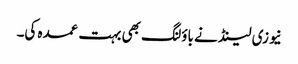
نیوزی لینڈ نے باؤلنگ بھی بہت عمدہ کی۔